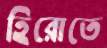
হিরোতে